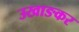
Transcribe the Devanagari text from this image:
उखाङकर